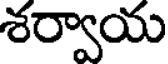
శర్వాయ